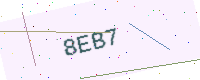
Text: 8EB7